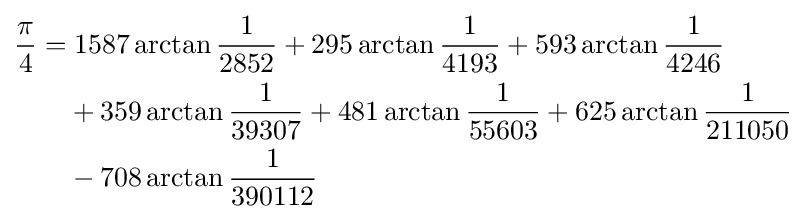
{\begin{aligned}{\frac {\pi }{4}}=&\;1587\arctan {\frac {1}{2852}}+295\arctan {\frac {1}{4193}}+593\arctan {\frac {1}{4246}}\\&+359\arctan {\frac {1}{39307}}+481\arctan {\frac {1}{55603}}+625\arctan {\frac {1}{211050}}\\&-708\arctan {\frac {1}{390112}}\end{aligned}}